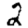
Digit: 2